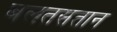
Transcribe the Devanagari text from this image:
बलतसतान